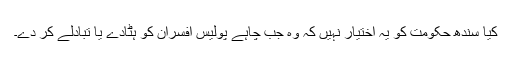
کیا سندھ حکومت کو یہ اختیار نہیں کہ وہ جب چاہے پولیس افسران کو ہٹادے یا تبادلے کر دے۔